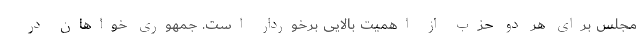
مجلس برای هر دو حزب از اهمیت بالایی برخوردار است. جمهوری خواهان در